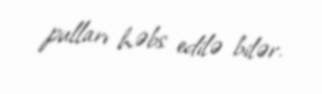
pulları həbs edilə bilər.